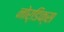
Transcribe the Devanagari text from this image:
नोर्डिक्स